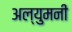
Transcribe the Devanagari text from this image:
अल्युमनी